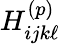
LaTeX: H_{ijk\ell}^{(p)}